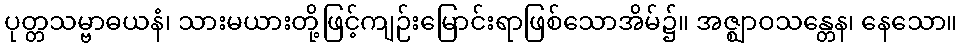
ပုတ္တသမ္ဗာဓယနံ၊ သားမယားတို့ဖြင့်ကျဉ်းမြောင်းရာဖြစ်သောအိမ်၌။ အဇ္ဈာဝသန္တေန၊ နေသော။